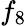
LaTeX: f_{8}